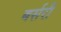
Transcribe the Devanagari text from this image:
बर्सरी